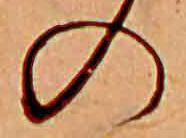
の